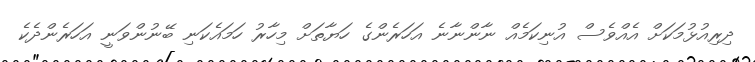
ދިރިއުޅުމަކަށް އެއްވެސް އުނިކަމެއް ނާންނާނެ އަހަރެންގެ ހަޔާތަށް މިހާރު ހަމައެކަނި ބޭނުންވަނީ އަހަރެންދެކެ